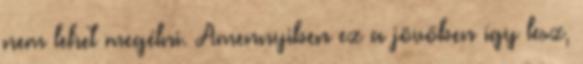
nem lehet megélni. Amennyiben ez a jövőben így lesz,